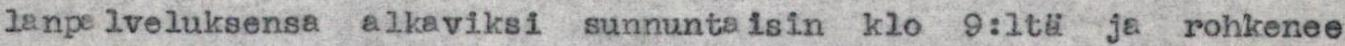
lanpalveluksensa alkaviksi sunnuntaisin klo 9:ltä ja rohkenee